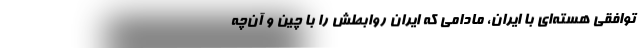
توافقی هسته‌ای با ایران، مادامی که ایران روابطش را با چین و آن‌چه